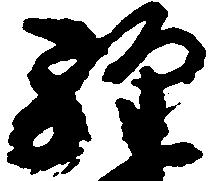
経